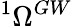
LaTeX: {}^{1}\Omega^{GW}